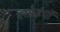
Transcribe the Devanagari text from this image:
रसोईयों